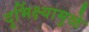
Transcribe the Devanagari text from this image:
दुर्भिक्ष्यामुळे